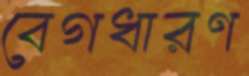
বেগধারণ